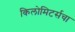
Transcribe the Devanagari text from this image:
किलोमिटर्सचा